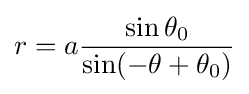
r=a{\frac {\sin \theta _{0}}{\sin(-\theta +\theta _{0})}}